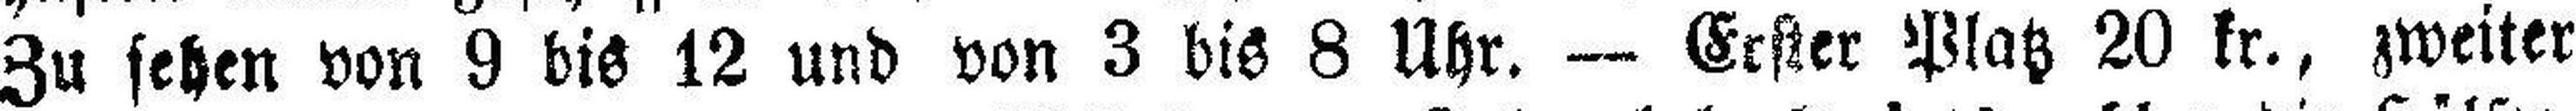
Zu sehen von 9 bis 12 und von 3 bis 8 Uhr. — Erster Platz 20 kr., zweiter